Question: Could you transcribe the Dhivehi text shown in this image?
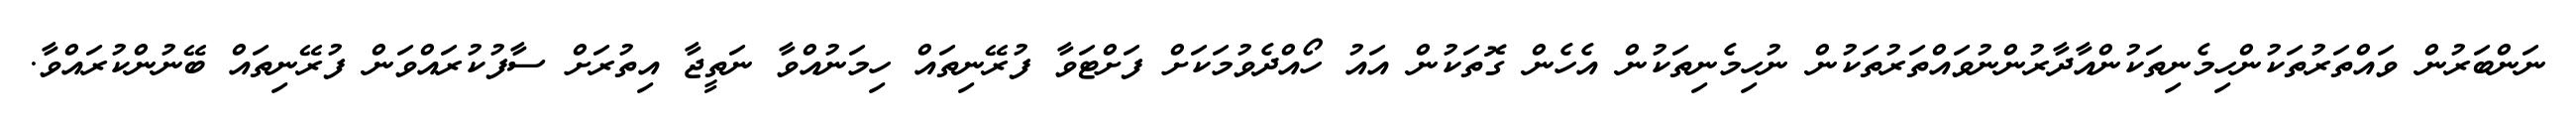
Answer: ނަންބަރުން ވައްތަރުތަކުންހިމެނިތަކުންއާދާރުންނުވައްތަރުތަކުން ނުހިމެނިތަކުން އެހެން ގޮތަކުން އައު ހޯއްދެވުމަކަށް ފަށްޓަވާ ފުރޭނިތައް ހިމަނުއްވާ ނަތީޖާ އިތުރަށް ސާފުކުރައްވަން ފުރޭނިތައް ބޭނުންކުރައްވާ.